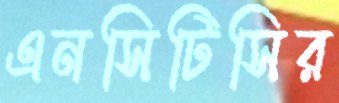
এনসিটিসির